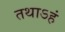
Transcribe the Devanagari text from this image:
तथाऽहं